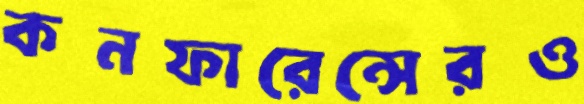
কনফারেন্সেরও